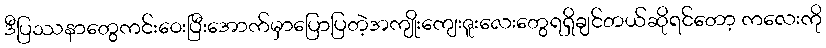
ဒီပြဿနာတွေကင်းဝေးပြီးအောက်မှာပြောပြတဲ့အကျိုးကျေးဇူးလေးတွေရရှိချင်တယ်ဆိုရင်တော့ ကလေးကို